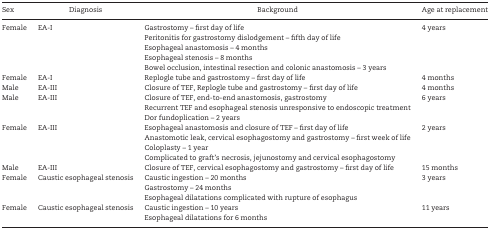
<table><thead><tr><td><b>Sex</b></td><td><b>Diagnosis</b></td><td><b>Background</b></td><td><b>Age at replacement</b></td></tr></thead><tbody><tr><td>Female</td><td>EA-I</td><td>Gastrostomy – first day of life</td><td>4 years</td></tr><tr><td></td><td></td><td>Peritonitis for gastrostomy dislodgement – fifth day of life</td><td></td></tr><tr><td></td><td></td><td>Esophageal anastomosis – 4 months</td><td></td></tr><tr><td></td><td></td><td>Esophageal stenosis – 8 months</td><td></td></tr><tr><td></td><td></td><td>Bowel occlusion, intestinal resection and colonic anastomosis – 3 years</td><td></td></tr><tr><td>Female</td><td>EA-I</td><td>Replogle tube and gastrostomy – first day of life</td><td>4 months</td></tr><tr><td>Male</td><td>EA-III</td><td>Closure of TEF, Replogle tube and gastrostomy – first day of life</td><td>4 months</td></tr><tr><td>Male</td><td>EA-III</td><td>Closure of TEF, end-to-end anastomosis, gastrostomy</td><td>6 years</td></tr><tr><td></td><td></td><td>Recurrent TEF and esophageal stenosis unresponsive to endoscopic treatment</td><td></td></tr><tr><td></td><td></td><td>Dor fundoplication – 2 years</td><td></td></tr><tr><td>Female</td><td>EA-III</td><td>Esophageal anastomosis and closure of TEF – first day of life</td><td>2 years</td></tr><tr><td></td><td></td><td>Anastomotic leak, cervical esophagostomy and gastrostomy – first week of life</td><td></td></tr><tr><td></td><td></td><td>Coloplasty – 1 year</td><td></td></tr><tr><td></td><td></td><td>Complicated to graft’s necrosis, jejunostomy and cervical esophagostomy</td><td></td></tr><tr><td>Male</td><td>EA-III</td><td>Closure of TEF, cervical esophagostomy and gastrostomy – first day of life</td><td>15 months</td></tr><tr><td>Female</td><td>Caustic esophageal stenosis</td><td>Caustic ingestion – 20 months</td><td>3 years</td></tr><tr><td></td><td></td><td>Gastrostomy – 24 months</td><td></td></tr><tr><td></td><td></td><td>Esophageal dilatations complicated with rupture of esophagus</td><td></td></tr><tr><td>Female</td><td>Caustic esophageal stenosis</td><td>Caustic ingestion – 10 years</td><td>11 years</td></tr><tr><td></td><td></td><td>Esophageal dilatations for 6 months</td><td></td></tr></tbody></table>